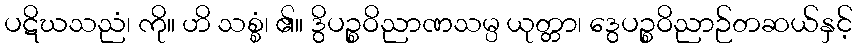
ပဋိဃသညံ၊ ကို။ ဟိ သစ္စံ၊ ၏။ ဒွိပဉ္စဝိညာဏသမ္ပ ယုတ္တာ၊ ဒွေပဉ္စဝိညာဉ်တဆယ်နှင့်